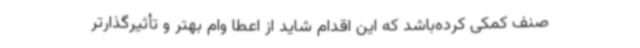
صنف کمکی کرده‌باشد که این اقدام شاید از اعطا وام بهتر و تأثیرگذارتر